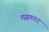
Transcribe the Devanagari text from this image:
मसणवट